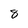
Character: 8